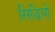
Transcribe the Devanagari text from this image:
सिद्धियो